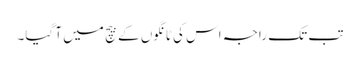
تب تک راجہ اس کی ٹانگوں کے بیچ میں آ گیا۔